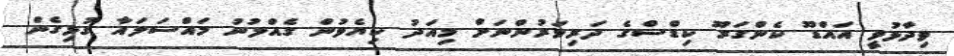
ވިދާޅުވީ އައްޑޫ ކެންގަރޫ ކިޑްސްގެ ދަރިވަރުންނަށް މިއަދު ކިޔެވުން ގެއްލުނު މައްސަލައާ ގުޅިގެން